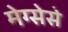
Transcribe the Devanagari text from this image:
मेग्सेसे